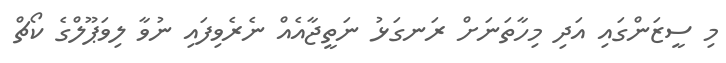
މި ސީޒަންގައި އަދި މިހާތަނަށް ރަނގަޅު ނަތީޖާއެއް ނެރެވިފައި ނުވާ ލިވަޕޫލްގެ ކޯޗް